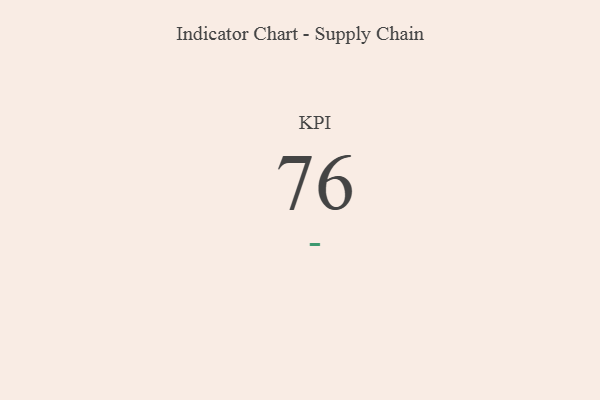
{"axis": {"x": "KPI", "y": "Value"}, "legend": [""], "data": [{"x": "KPI", "y": 76, "type": ""}]}